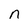
Character: n